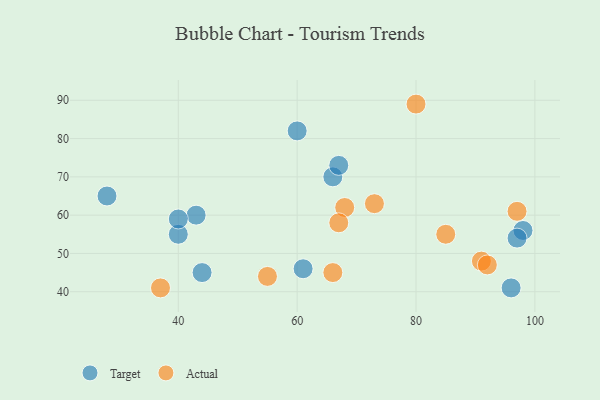
{"axis": {"x": "GDP", "y": "Life Expectancy"}, "legend": ["Actual", "Target"], "data": [{"x": "28", "y": 65, "type": "Target"}, {"x": "96", "y": 41, "type": "Target"}, {"x": "43", "y": 60, "type": "Target"}, {"x": "66", "y": 70, "type": "Target"}, {"x": "60", "y": 82, "type": "Target"}, {"x": "67", "y": 73, "type": "Target"}, {"x": "44", "y": 45, "type": "Target"}, {"x": "61", "y": 46, "type": "Target"}, {"x": "98", "y": 56, "type": "Target"}, {"x": "40", "y": 55, "type": "Target"}, {"x": "40", "y": 59, "type": "Target"}, {"x": "97", "y": 54, "type": "Target"}, {"x": "68", "y": 62, "type": "Actual"}, {"x": "55", "y": 44, "type": "Actual"}, {"x": "66", "y": 45, "type": "Actual"}, {"x": "67", "y": 58, "type": "Actual"}, {"x": "80", "y": 89, "type": "Actual"}, {"x": "91", "y": 48, "type": "Actual"}, {"x": "73", "y": 63, "type": "Actual"}, {"x": "37", "y": 41, "type": "Actual"}, {"x": "97", "y": 61, "type": "Actual"}, {"x": "92", "y": 47, "type": "Actual"}, {"x": "85", "y": 55, "type": "Actual"}]}